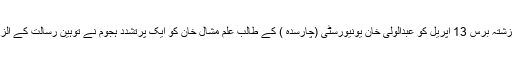
واضح رہے کہ گزشتہ برس 13 اپریل کو عبدالولی خان یونیورسٹی (چارسدہ ) کے طالب علم مشال خان کو ایک پرتشدد ہجوم نے توہین رسالت کے الزام میں قتل کیا تھا۔